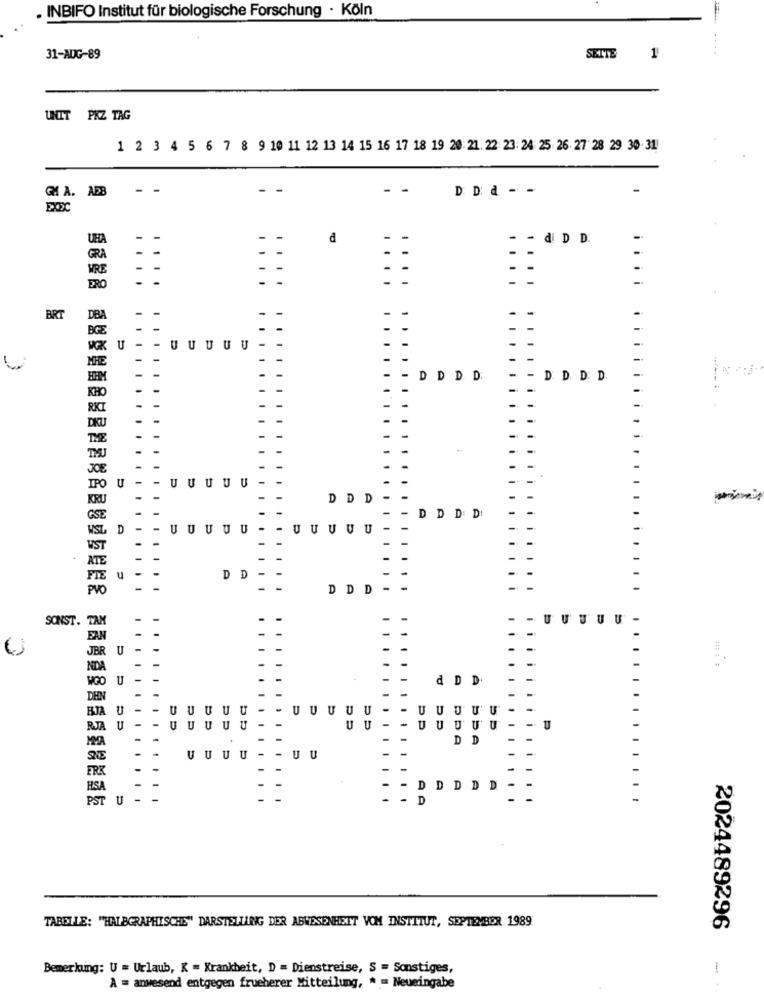
INBIFO Institut für biologische Forschung . Köln
....
31-AUG-89
SEITE
1
UNIT PKZ TAG
1 2 3 4 5 6 7 8 9 10 11 12 13 14 15 16 17 18 19 20: 21. 22 23: 24 25 26 27 28 29 30-31
- -
- -
D. D: d - -
GM A. ABB
- -
d
- - di D D.
-
GRA
- -
VRE
- -
...
iii
ERO
BRT
DBA
U-
- UUUUU
DDDD
- D. D. D. D.
U
UUU
U
DDD
DDD DI
D
U
UUU
U
UUUUU
U
D
D
DDD --
- UUUUU-
SONST. TAM
JBR
U
NDA
U
d D D.
U
U
U
U
UUUUU
UUUUU
BJ
RJA U
UUUU
UU
UUUUU
U
DD
SHE
UUUU
UU
ER
BSA
D
D
PST
U -
D
TABELLE: "HALBGRAPHISCHE" DARSTELLUNG DER ABWESENHEIT VOM INSTITUT, SEPTEMBER 1989
2024489296
Bemerkung: U = Urlaub, K = Krankheit, D = Dienstreise, S = Sonstiges,
A = anwesend entgegen frueherer Mitteilung, * = Neueingabe